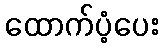
ထောက်ပံ့ပေး